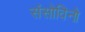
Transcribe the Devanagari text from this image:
संसोविनो